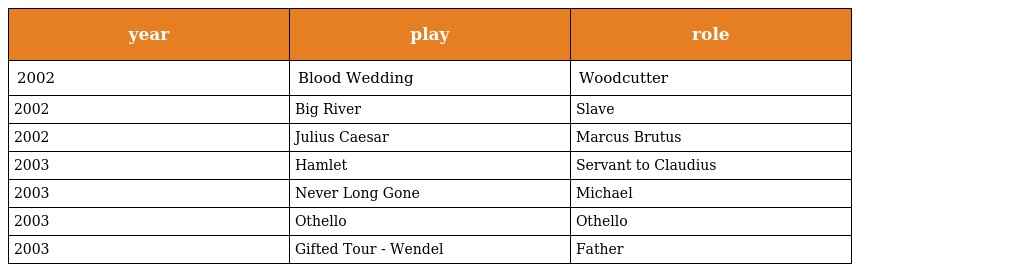
| year | play | role |
 | --- | --- | --- |
 | 2002 | Blood Wedding | Woodcutter |
 | 2002 | Big River | Slave |
 | 2002 | Julius Caesar | Marcus Brutus |
 | 2003 | Hamlet | Servant to Claudius |
 | 2003 | Never Long Gone | Michael |
 | 2003 | Othello | Othello |
 | 2003 | Gifted Tour - Wendel | Father |